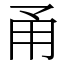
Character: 甬